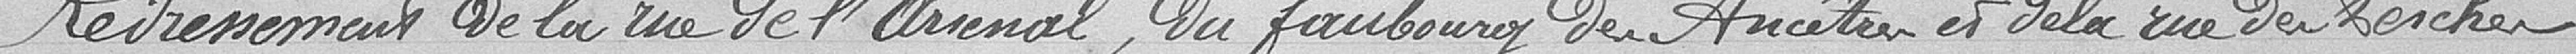
Redressement de la rue de l'Arsenal, du Faubourg des Ancêtres et de la rue des Perches